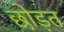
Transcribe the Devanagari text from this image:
छोड़त